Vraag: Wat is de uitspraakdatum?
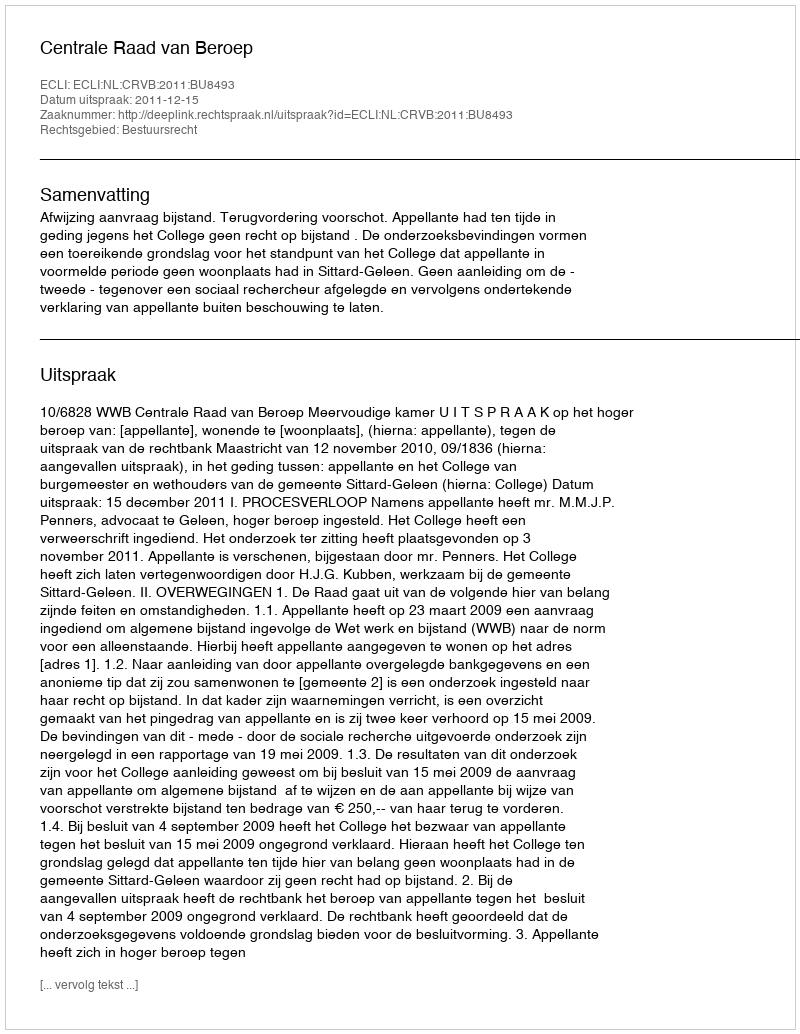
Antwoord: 2011-12-15